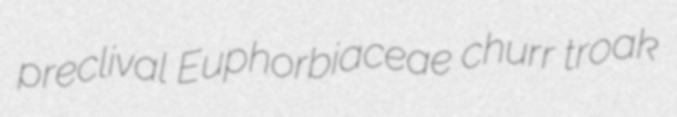
preclival Euphorbiaceae churr troak